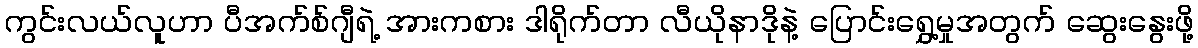
ကွင်းလယ်လူဟာ ပီအက်စ်ဂျီရဲ့ အားကစား ဒါရိုက်တာ လီယိုနာဒိုနဲ့ ပြောင်းရွှေ့မှုအတွက် ဆွေးနွေးဖို့